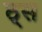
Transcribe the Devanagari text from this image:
ठ्स